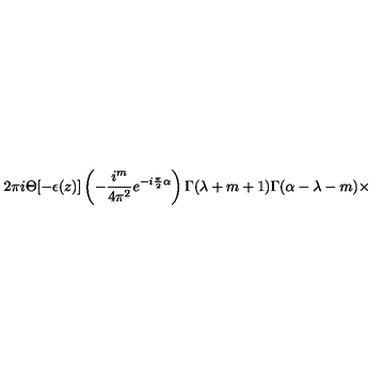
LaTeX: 2 \pi i \Theta [ - \epsilon ( z ) ] \left( - \frac { i ^ { m } } { 4 { \pi } ^ { 2 } } e ^ { - i \frac { \pi } { 2 } \alpha } \right) \Gamma ( \lambda + m + 1 ) \Gamma ( \alpha - \lambda - m ) \times